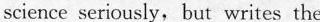
science seriously,but writes the